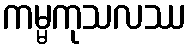
ကမ္မကုသလဿ